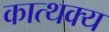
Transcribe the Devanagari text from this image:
कात्थक्य